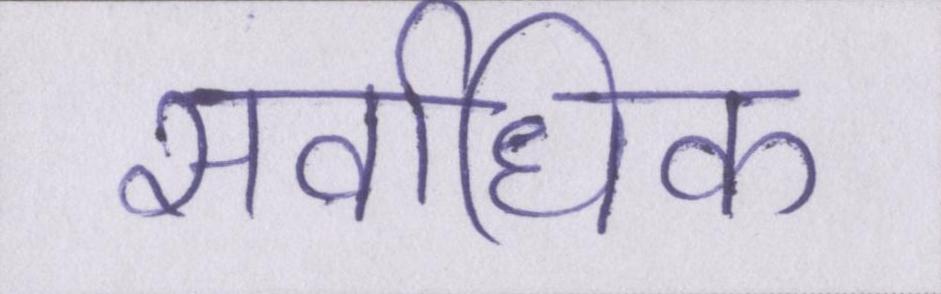
सर्वाधिक